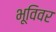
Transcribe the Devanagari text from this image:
भूविवर